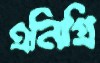
এনিগ্রি